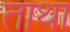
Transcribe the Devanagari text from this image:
ताथा